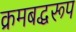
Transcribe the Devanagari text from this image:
क्रमबद्धरूप